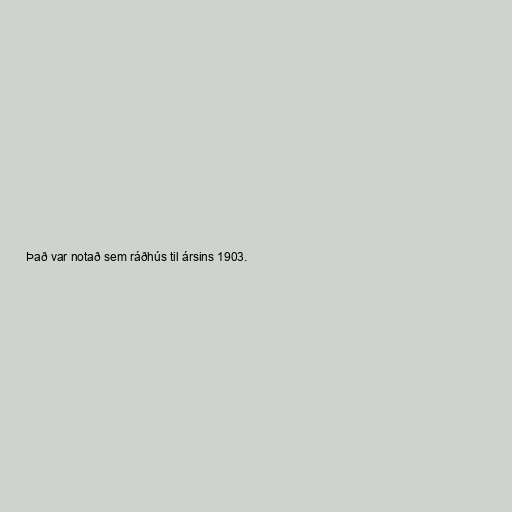
Það var notað sem ráðhús til ársins 1903.